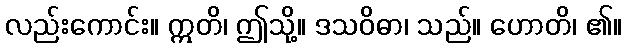
လည်းကောင်း။ ဣတိ၊ ဤသို့။ ဒသဝိဓာ၊ သည်။ ဟောတိ၊ ၏။